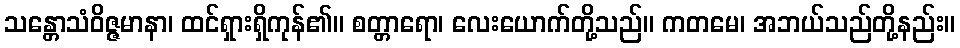
သန္တောသံဝိဇ္ဇမာနာ၊ ထင်ရှားရှိကုန်၏။ စတ္တာရော၊ လေးယောက်တို့သည်။ ကတမေ၊ အဘယ်သည်တို့နည်း။